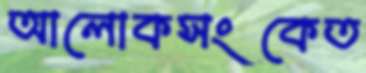
আলোকসংকেত